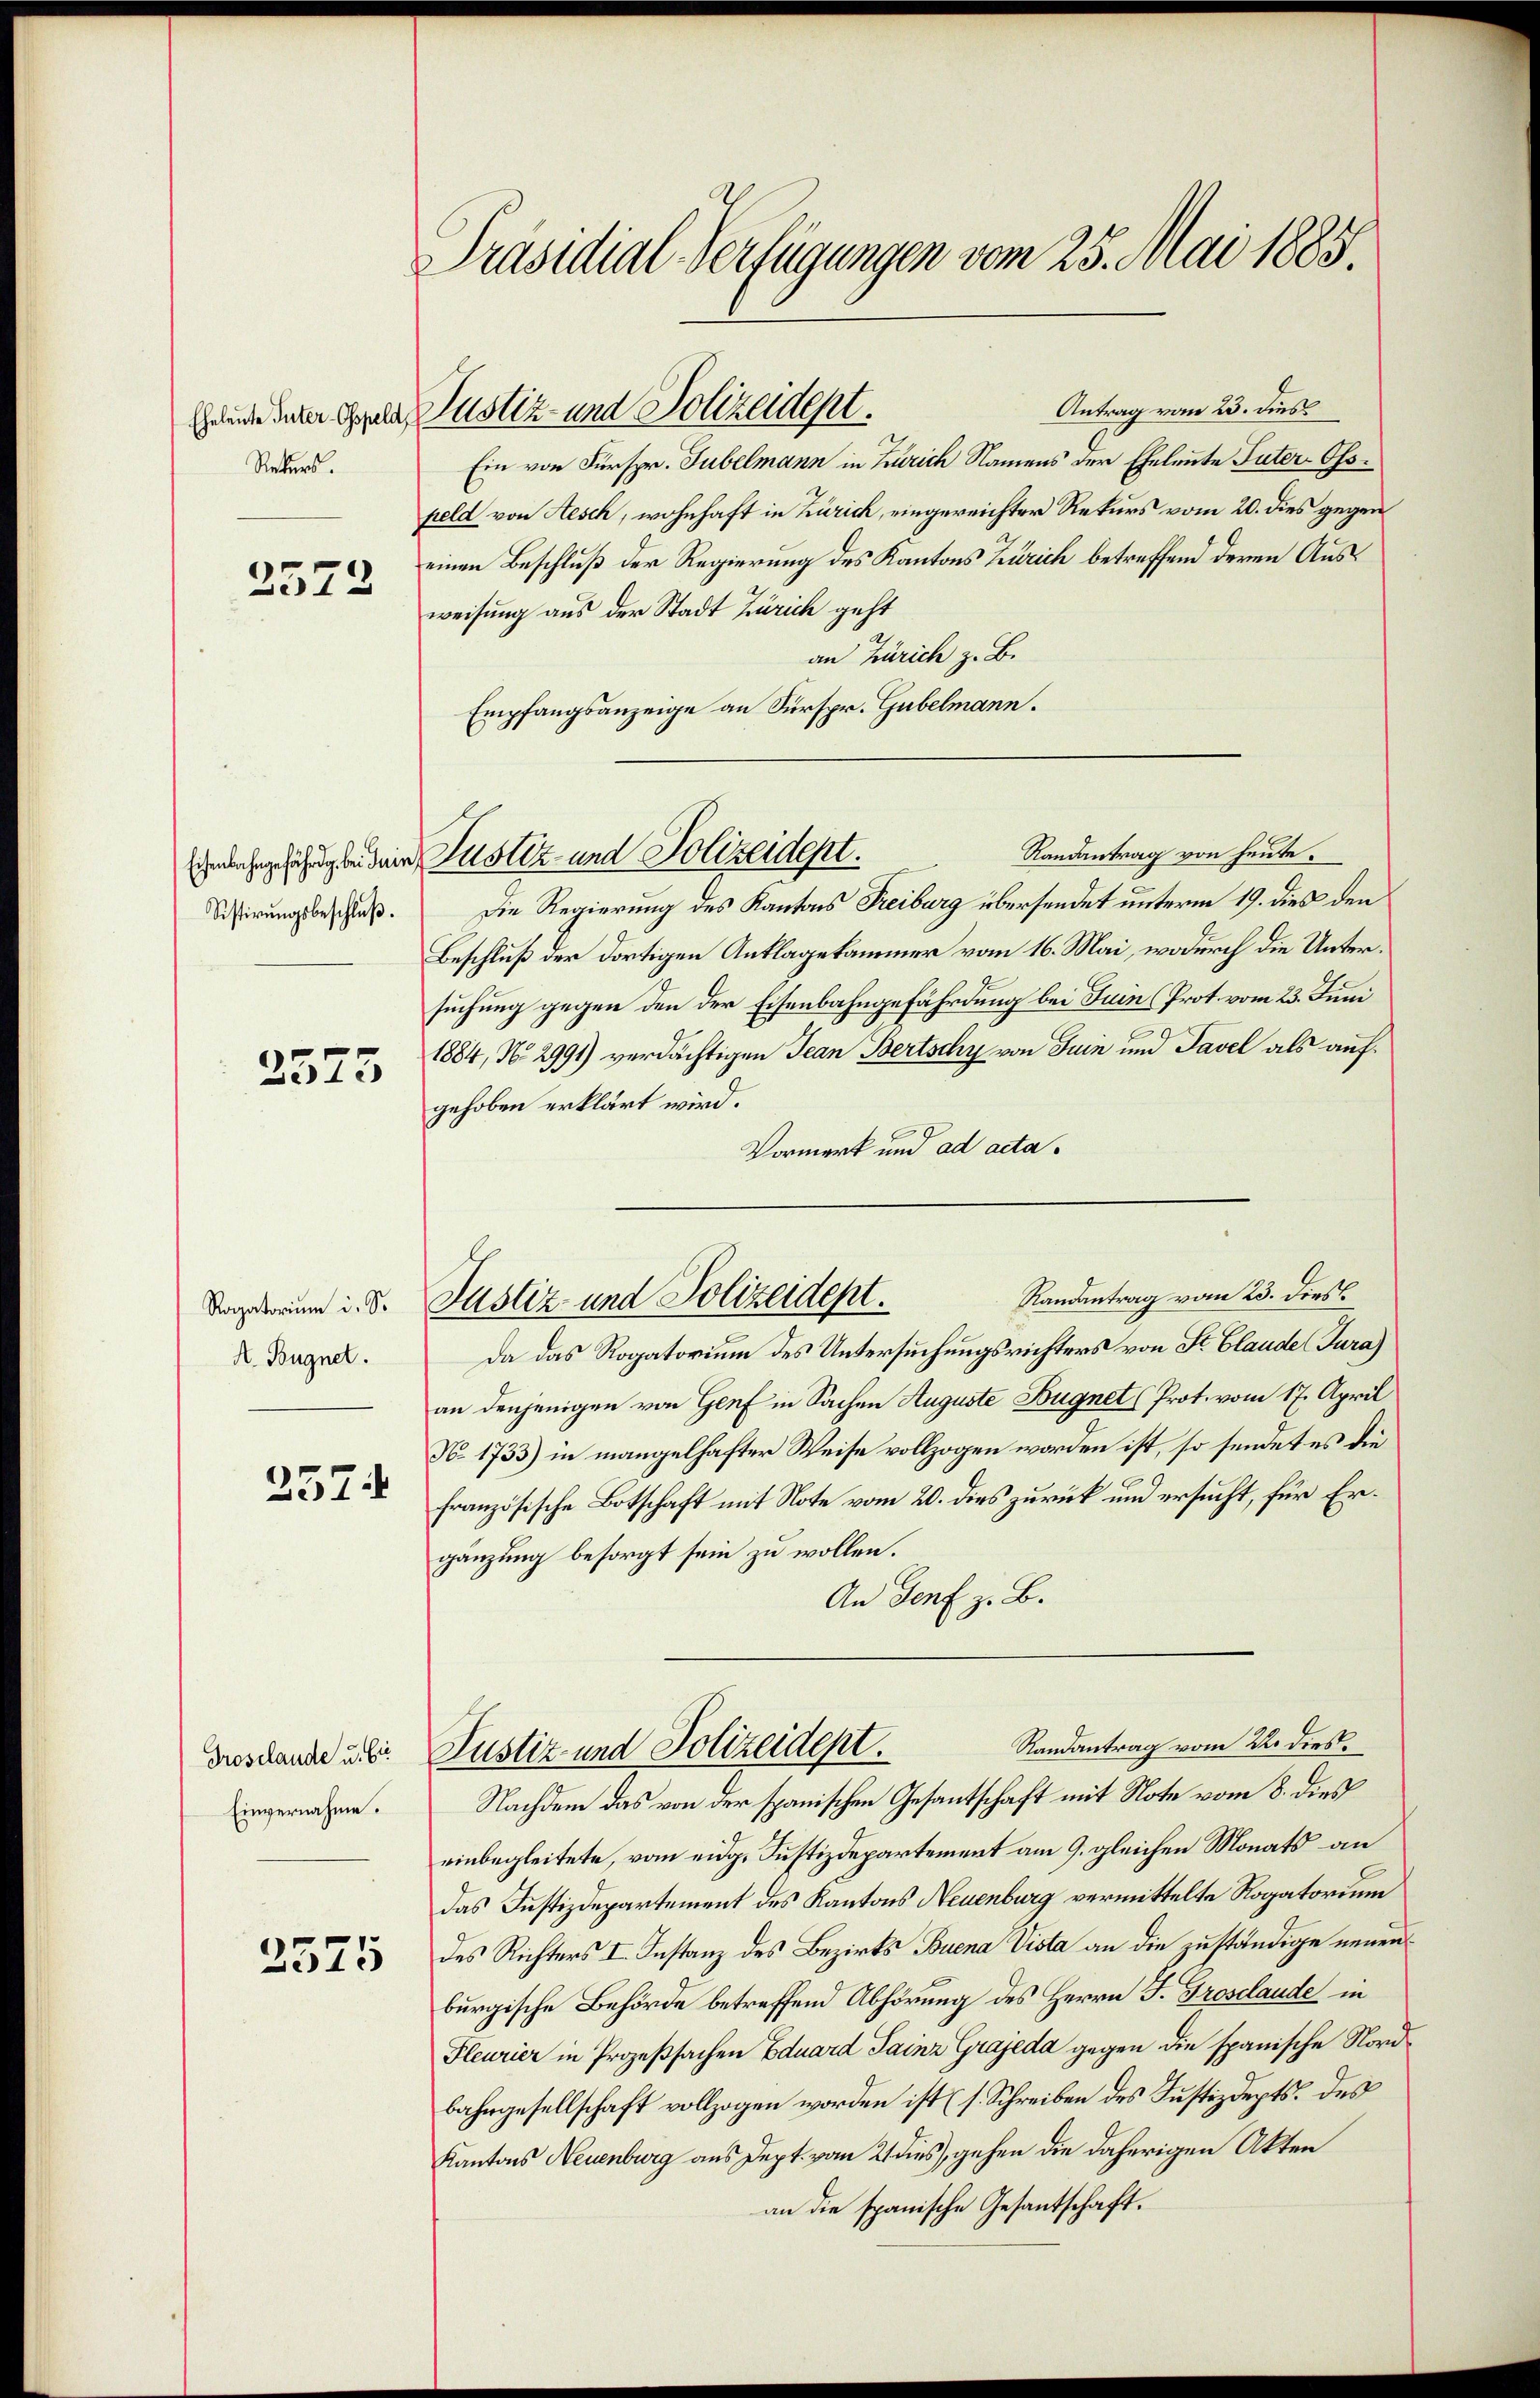
Rekurs.

2572

Eisenbahngefährig bei dein
Sistirŭngsbeschluß.

2573

Rogatorium i. S.
A. Bugnet.

2574

Droselande u. Ei
Einvernahme.

2575

Präsidial-Verfügungen vom 25. Mai 1885
Antrag vom 23. dies
Gelude unter Appel, Justiz- und Polizeident.

Ein von Fürspr. Gubelmann in Zürich Namens der Eheleute Suter-Osspeld von Aesch, wohnhaft in Zürich, eingereichter Rekurs vom 20. dies gegen
einen Beschluß der Regierung des Kantons Zürich betreffend deren Ausweisung aus der Stadt Zürich geht
an Zürich z. B.
Empfangsanzeige an Fürspr. Gubelmann.
Randantrag von heute.
Die Regierung des Kantons Freiburg übersendet unterm 19. dies den
Beschluß der dortigen Anklagekammer vom 16. Mai, wodurch die Untersuchung gegen den der Eisenbahngefährdung bei Juin (Prot. vom 23. Juni
1884, No 2991) verdächtigen Jean Bertschy von Juin und Tavel als aufgehoben erklärt wird.
Vormerk und ad acta.
Da das Rogatorium des Untersuchungsrichters von St. Claude (Tura)
an denjenigen von Genf in Sachen Auguste Bugnet (Prot. vom 17. April
N. 1733) in mangelhafter Weise vollzogen worden ist, so sendet es die
französische Botschaft mit Note vom 20. dies zurück und ersucht, für Ergänzung besorgt sein zu wollen.
An Genf z. B.
Randantrag vom 22. dies
Justiz- und Polizeident.
Nachdem das von der spanischen Gesantschaft mit Note vom 8. dies
einbegleitete, vom eidg. Justizdepartement am 9. gleichen Monats an
das Justizdepartement des Kantons Neuenburg vermittelte Rogatorium
des Richters I. Instanz des Bezirks Buena Vista an die zuständige neuen
burgische Behörde betreffend Abhörung des Herrn J. Grosclaude in
Fleurier in Prozeßsachen Eduard Sainz Grajeda gegen die spanische Nordbahngesellschaft vollzogen worden ist (s. Schreiben des Justizdepts. des
Kantons Neuenburg aus Dept. vom 21 dies, gehen die daherigen Akten
an die spanische Gesantschaft.

Justiz- und Polizeidept.

Randantrag vom 23. Dies
Justiz und Polizeidept.